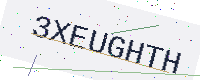
Text: 3XEUGHTH